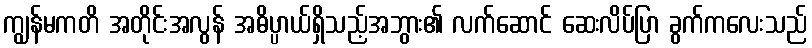
ကျွန်မကတိ အတိုင်းအလွန် အဓိပ္ပာယ်ရှိသည့်အဘွား၏ လက်ဆောင် ဆေးလိပ်ပြာ ခွက်ကလေးသည်